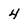
Character: 4